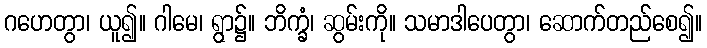
ဂဟေတွာ၊ ယူ၍။ ဂါမေ၊ ရွာ၌။ ဘိက္ခံ၊ ဆွမ်းကို။ သမာဒါပေတွာ၊ ဆောက်တည်စေ၍။